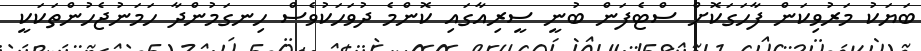
ބަޔަކު މަރުވިކަން ފާހަގަކޮށް ސްޓެފަން ބުނީ ސީރިއާގައި ކޮންމެ ދުވަހަކުވެސް ހިނގަމުންދާ ހަމަނުޖެހުންތަކަކީ